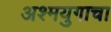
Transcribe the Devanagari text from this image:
अश्मयुगाचा